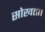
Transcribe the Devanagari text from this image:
सोखता।